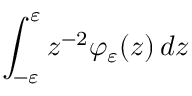
\int _ { - \varepsilon } ^ { \varepsilon } z ^ { - 2 } \varphi _ { \varepsilon } ( z ) \mathop { } \! { d { z } }